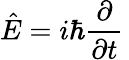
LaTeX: {\hat{E}}=i\hbar{\frac{\partial}{\partial t}}\,